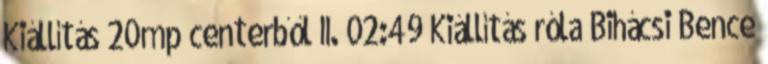
Kiállítás 20mp centerből II. 02:49 Kiállítás róla Bihácsi Bence